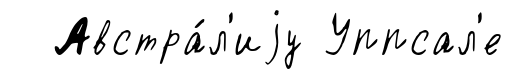
Австра́л'иjу Уппсал'е